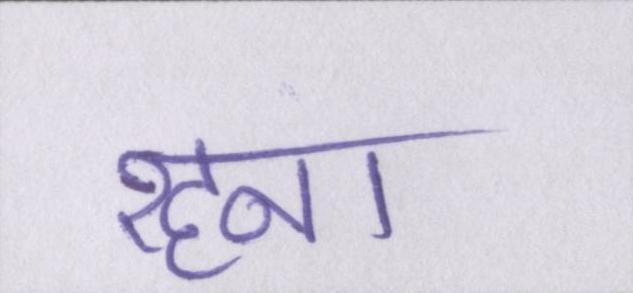
रहना